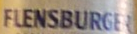
FLENSBURGER